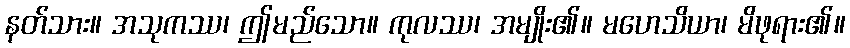
နတ်သား။ အသုကဿ၊ ဤမည်သော။ ကုလဿ၊ အမျိုး၏။ မဟေသိယာ၊ မိဖုရား၏။